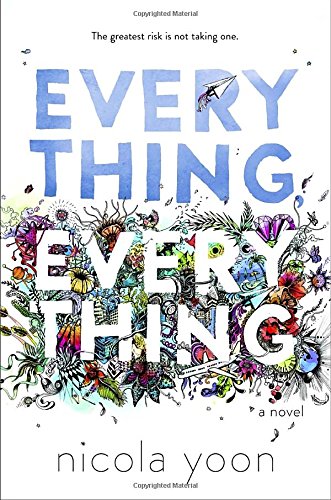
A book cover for Everything, Everything; Nicola Yoon; Teen & Young Adult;